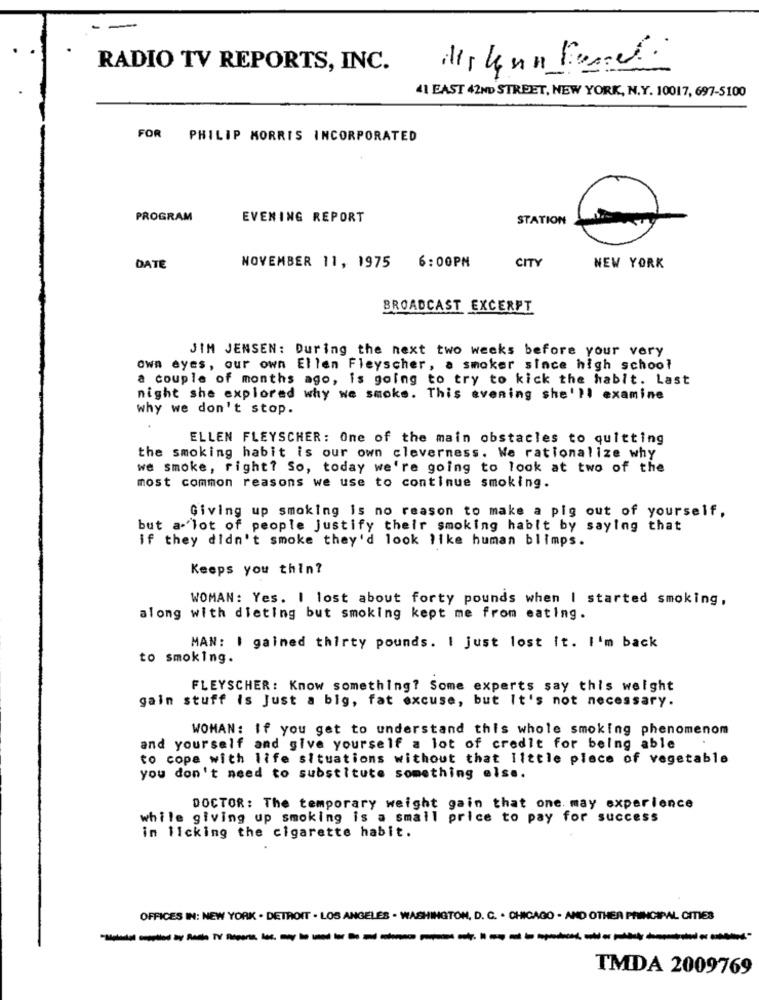
RADIO TV REPORTS, INC.
41 EAST 42ND STREET, NEW YORK, N.Y. 10017, 697-5100
FOR PHILIP MORRIS INCORPORATED
PROGRAM
EVENING REPORT
STATION
DATE
NOVEMBER 11, 1975 6:00PM
CITY
NEW YORK
BROADCAST EXCERPT
JIM JENSEN: During the next two weeks before your very
own eyes, our own Ellen Fleyscher, a smoker since high school
a couple of months ago, is going to try to kick the habit. Last
night she explored why we smoke. This evening she'll examine
why we don't stop.
ELLEN FLEYSCHER: One of the main obstacles to quitting
the smoking habit is our own cleverness. We rationalize why
we smoke, right? So, today we're going to look at two of the
most common reasons we use to continue smoking.
Giving up smoking is no reason to make a pig out of yourself,
but a- lot of people justify their smoking hablt by saying that
if they didn't smoke they'd look like human blimps.
Keeps you thin?
WOMAN: Yes. I lost about forty pounds when I started smoking,
along with dieting but smoking kept me from eating.
MAN: I gained thirty pounds. I just lost It. I'm back
to smoking.
FLEYSCHER: Know something? Some experts say this weight
gain stuff is Just a big, fat excuse, but It's not necessary.
WOMAN: If you get to understand this whole smoking phenomenom
and yourself and give yourself a lot of credit for being able
to cope with life situations without that little piece of vegetable
you don't need to substitute something else.
DOCTOR: The temporary weight gain that one. may experience
while giving up smoking is a smail price to pay for success
in ilcking the cigarette habit.
OFFICES IN: NEW YORK . DETROIT . LOS ANGELES . WASHINGTON, D. C. . CHICAGO - AND OTHER PRINCIPAL CITIES
----------------
TMDA 2009769